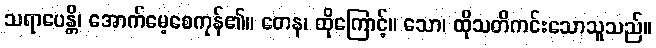
သရာပေန္တိ၊ အောက်မေ့စေကုန်၏။ တေန၊ ထိုကြောင့်။ သော၊ ထိုသတိကင်းသောသူသည်။